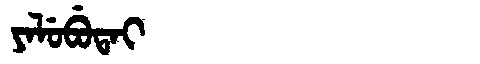
Manchu: ᠶᠠᠯᡠᠪᡠᡨᠠᡳ
Romanization: YALUBUTAI